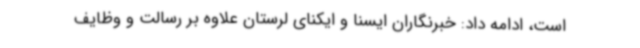
است، ادامه داد: خبرنگاران ایسنا و ایکنای لرستان علاوه بر رسالت و وظایف